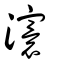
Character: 𤃆